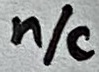
Text: n/c